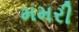
મમરી